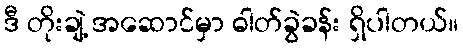
ဒီ တိုးချဲ့ အဆောင်မှာ ဓါတ်ခွဲခန်း ရှိပါတယ်။